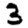
Digit: 3